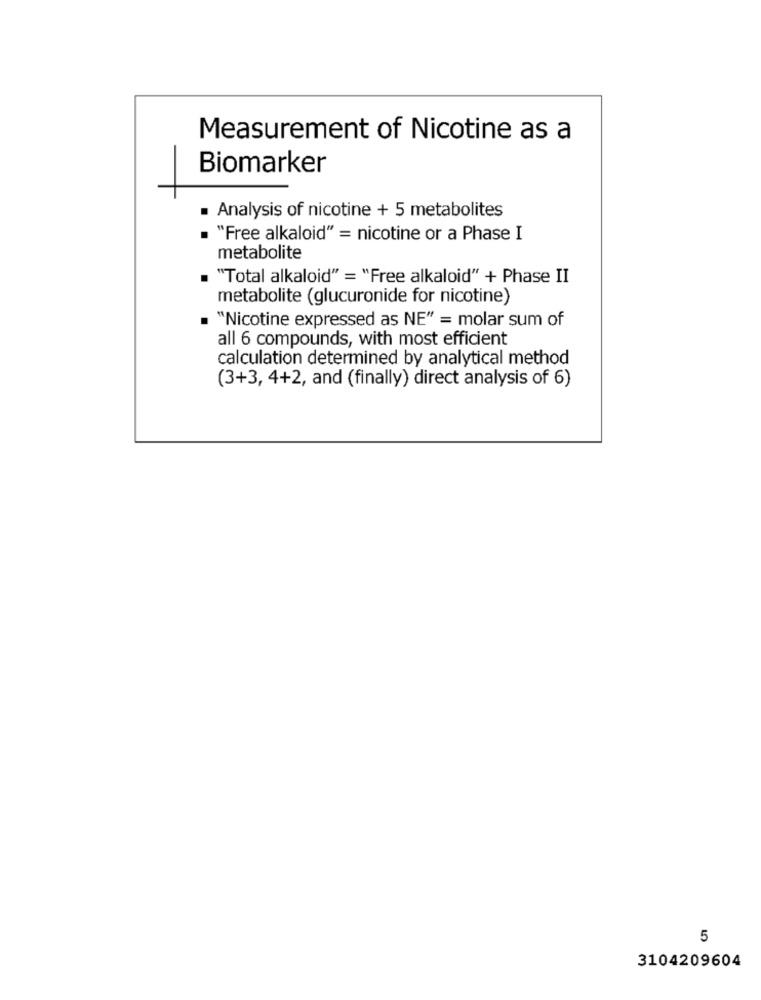
Measurement of Nicotine as a
Biomarker
Analysis of nicotine + 5 metabolites
"Free alkaloid" = nicotine or a Phase I
metabolite
"Total alkaloid" = "Free alkaloid" + Phase II
metabolite (glucuronide for nicotine)
"Nicotine expressed as NE" = molar sum of
all 6 compounds, with most efficient
calculation determined by analytical method
(3+3, 4+2, and (finally) direct analysis of 6)
5
3104209604